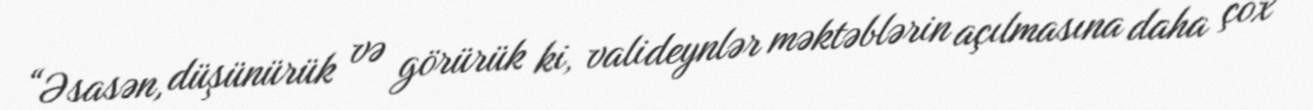
“Əsasən, düşünürük və görürük ki, valideynlər məktəblərin açılmasına daha çox